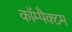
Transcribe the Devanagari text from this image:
कॉम्पैक्टम